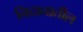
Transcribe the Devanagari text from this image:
निदानातील